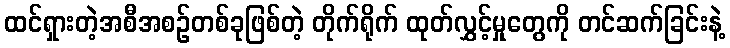
ထင်ရှားတဲ့အစီအစဉ်တစ်ခုဖြစ်တဲ့ တိုက်ရိုက် ထုတ်လွှင့်မှုတွေကို တင်ဆက်ခြင်းနဲ့